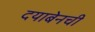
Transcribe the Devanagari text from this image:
दयाबेनची